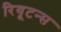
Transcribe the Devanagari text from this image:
रियूटन्स